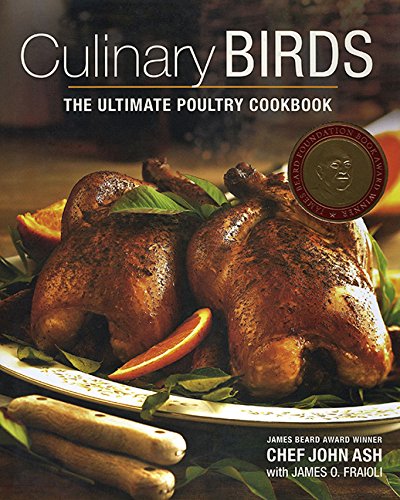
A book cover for Culinary Birds: The Ultimate Poultry Cookbook; John Ash; Cookbooks, Food & Wine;